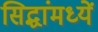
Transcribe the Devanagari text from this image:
सिद्धांमध्यें